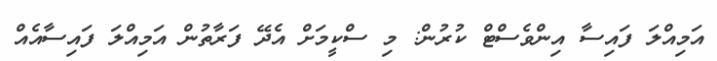
އަމިއްލަ ފައިސާ އިންވެސްޓް ކުރުން: މި ސްކީމަށް އެދޭ ފަރާތުން އަމިއްލަ ފައިސާއެއް